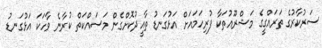
ސަރުކާރުގެ ތަރައްގީގެ މަޝްރޫއުތަކާ ފުރިހަމައަށް އަޅުގަނޑު ތާއީދުކޮށްގެން މަސައްކަތް ކުރާނެ ވާހަކަ އަޅުގަނޑު